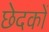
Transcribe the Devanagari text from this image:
छेदकों